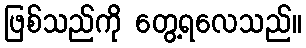
ဖြစ်သည်ကို တွေ့ရလေသည်။